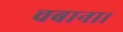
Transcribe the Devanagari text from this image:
चबाना।